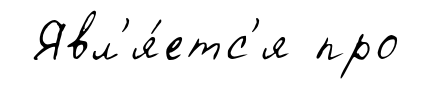
Явл'я́етс'я про